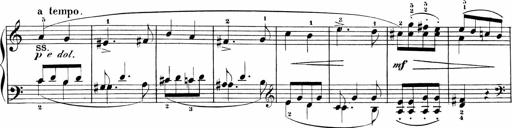
Title: Sonatinen Op.47, 98 und 136, nebst 6 Liedersonatinen
Composer: Carl Reinecke